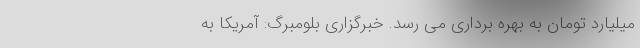
میلیارد تومان به بهره‌ برداری می‌ رسد. خبرگزاری بلومبرگ: آمریکا به